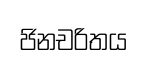
ජිනචරිතය